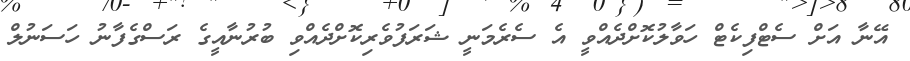
އޭނާ އަށް ސެޓްފިކެޓް ހަވާލުކޮށްދެއްވީ އެ ސެރެމަނީ ޝަރަފުވެރިކޮށްދެއްވި ބުރުނާއީގެ ރަސްގެފާނު ހަސަނުލް